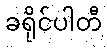
ခရိုင်ပါတီ